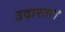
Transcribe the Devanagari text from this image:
उदारता।